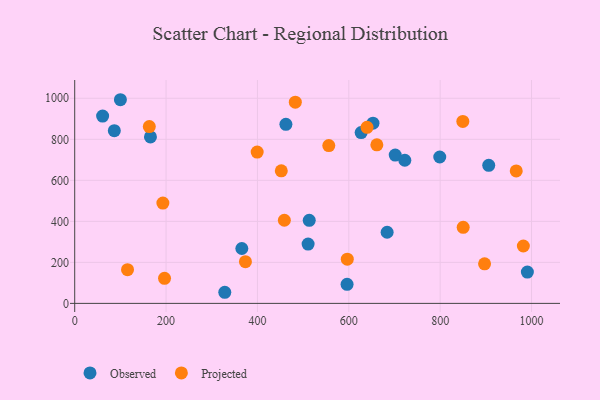
{"axis": {"x": "Speed", "y": "Rating"}, "legend": ["Observed", "Projected"], "data": [{"x": "365.8", "y": 267.7, "type": "Observed"}, {"x": "652.9", "y": 878.5, "type": "Observed"}, {"x": "86.7", "y": 841.9, "type": "Observed"}, {"x": "701.6", "y": 723.1, "type": "Observed"}, {"x": "596.2", "y": 92.9, "type": "Observed"}, {"x": "328.5", "y": 54.2, "type": "Observed"}, {"x": "510.9", "y": 289.0, "type": "Observed"}, {"x": "513.4", "y": 404.8, "type": "Observed"}, {"x": "906.3", "y": 673.2, "type": "Observed"}, {"x": "990.9", "y": 152.6, "type": "Observed"}, {"x": "100.0", "y": 993.0, "type": "Observed"}, {"x": "165.8", "y": 811.6, "type": "Observed"}, {"x": "61.1", "y": 913.5, "type": "Observed"}, {"x": "799.1", "y": 713.8, "type": "Observed"}, {"x": "462.3", "y": 873.2, "type": "Observed"}, {"x": "683.9", "y": 346.8, "type": "Observed"}, {"x": "722.6", "y": 697.9, "type": "Observed"}, {"x": "627.0", "y": 832.8, "type": "Observed"}, {"x": "897.2", "y": 192.9, "type": "Projected"}, {"x": "596.7", "y": 215.7, "type": "Projected"}, {"x": "458.9", "y": 405.4, "type": "Projected"}, {"x": "163.3", "y": 862.0, "type": "Projected"}, {"x": "482.9", "y": 981.2, "type": "Projected"}, {"x": "193.0", "y": 489.1, "type": "Projected"}, {"x": "661.4", "y": 773.0, "type": "Projected"}, {"x": "399.4", "y": 737.8, "type": "Projected"}, {"x": "849.6", "y": 887.3, "type": "Projected"}, {"x": "556.2", "y": 769.5, "type": "Projected"}, {"x": "982.1", "y": 279.9, "type": "Projected"}, {"x": "850.4", "y": 371.0, "type": "Projected"}, {"x": "966.5", "y": 645.9, "type": "Projected"}, {"x": "373.7", "y": 203.4, "type": "Projected"}, {"x": "196.6", "y": 122.2, "type": "Projected"}, {"x": "639.9", "y": 858.5, "type": "Projected"}, {"x": "115.6", "y": 164.3, "type": "Projected"}, {"x": "452.2", "y": 646.3, "type": "Projected"}]}